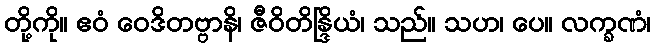
တို့ကို။ ဧဝံ ဝေဒိတဗ္ဗာနိ၊ ဇီဝိတိန္ဒြိယံ၊ သည်။ သဟ၊ ပေ။ လက္ခဏံ၊